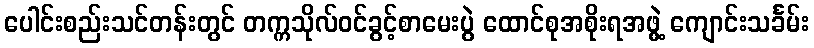
ပေါင်းစည်းသင်တန်းတွင် တက္ကသိုလ်ဝင်ခွင့်စာမေးပွဲ ထောင်စုအစိုးရအဖွဲ့ ကျောင်းသင်္ခမ်း